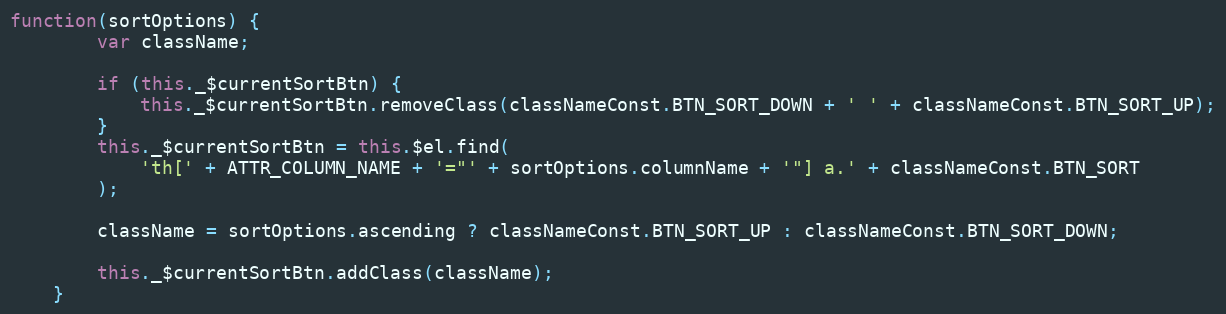
Language: JavaScript
function(sortOptions) {
        var className;

        if (this._$currentSortBtn) {
            this._$currentSortBtn.removeClass(classNameConst.BTN_SORT_DOWN + ' ' + classNameConst.BTN_SORT_UP);
        }
        this._$currentSortBtn = this.$el.find(
            'th[' + ATTR_COLUMN_NAME + '="' + sortOptions.columnName + '"] a.' + classNameConst.BTN_SORT
        );

        className = sortOptions.ascending ? classNameConst.BTN_SORT_UP : classNameConst.BTN_SORT_DOWN;

        this._$currentSortBtn.addClass(className);
    }